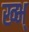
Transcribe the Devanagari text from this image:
ख्भ्